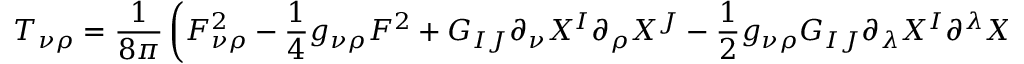
T _ { \nu \rho } = \frac { 1 } { 8 \pi } \left( F _ { \nu \rho } ^ { 2 } - \frac 1 4 g _ { \nu \rho } F ^ { 2 } + G _ { I J } \partial _ { \nu } X ^ { I } \partial _ { \rho } X ^ { J } - \frac 1 2 g _ { \nu \rho } G _ { I J } \partial _ { \lambda } X ^ { I } \partial ^ { \lambda } X ^ { J } \right)